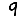
Digit: 9